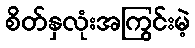
စိတ်နှလုံးအကြွင်းမဲ့